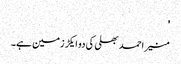
'
منیر احمد بھلی کی دو ایکڑ زمین ہے۔